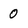
Character: 0